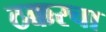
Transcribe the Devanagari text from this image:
ठक्करचा